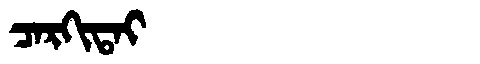
Manchu: ᠴᠠᡵᡴᡳᡨᠠᡳ
Romanization: CARKITAI